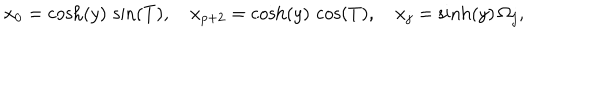
LaTeX: x _ { 0 } = \cosh ( y ) \, \sin ( T ) , \, \, \, \, \, \, x _ { p + 2 } = \cosh ( y ) \, \cos ( T ) , \, \, \, \, \, \, x _ { j } = \sinh ( y ) \, \Omega _ { j } ,